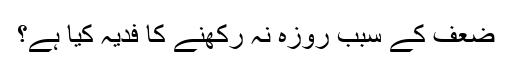
ضعف کے سبب روزہ نہ رکھنے کا فدیہ کیا ہے؟